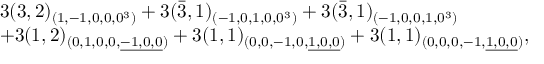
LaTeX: \begin{array} { l } { { 3 ( 3 , 2 ) _ { ( 1 , - 1 , 0 , 0 , 0 ^ { 3 } ) } + 3 ( \bar { 3 } , 1 ) _ { ( - 1 , 0 , 1 , 0 , 0 ^ { 3 } ) } + 3 ( \bar { 3 } , 1 ) _ { ( - 1 , 0 , 0 , 1 , 0 ^ { 3 } ) } } } \\ { { + 3 ( 1 , 2 ) _ { ( 0 , 1 , 0 , 0 , \underline { { { - 1 , 0 , 0 } } } ) } + 3 ( 1 , 1 ) _ { ( 0 , 0 , - 1 , 0 , \underline { { { 1 , 0 , 0 } } } ) } + 3 ( 1 , 1 ) _ { ( 0 , 0 , 0 , - 1 , \underline { { { 1 , 0 , 0 } } } ) } , } } \end{array}